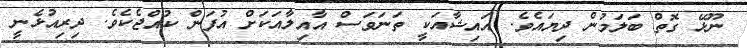
ނޫޅޭ ގޮތް ބަލަމުން ދިޔައެވެ. އައިޝާއަކީ ތަނަވަސް އާއިލާއަކަށް އުފަން ކުއްޖެކެވެ. ދިރިއުޅެނީ